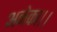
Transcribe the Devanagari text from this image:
अनेका।।